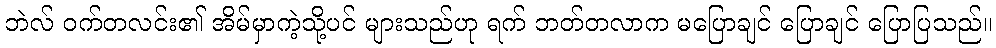
ဘဲလ် ဝက်တလင်း၏ အိမ်မှာကဲ့သို့ပင် များသည်ဟု ရက် ဘတ်တလာက မပြောချင် ပြောချင် ပြောပြသည်။